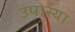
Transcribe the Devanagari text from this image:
उपास्या